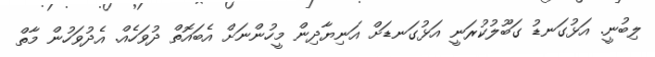
ލިބުނީ. އަޅުގަނޑު ގަބޫލުކުރަނީ އަޅުގަނޑަށް އަނިޔާދިން މީހުންނަށް އެބައޮތް ދުވަހެއް. އެދުވަހުން މާތް